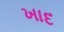
ખાદ